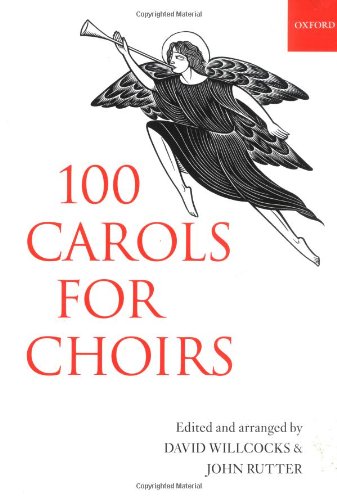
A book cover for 100 Carols for Choirs (For Choirs Collections); Christian Books & Bibles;